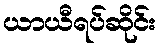
ယာယီရပ်ဆိုင်း